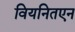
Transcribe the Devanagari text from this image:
वियनितएन